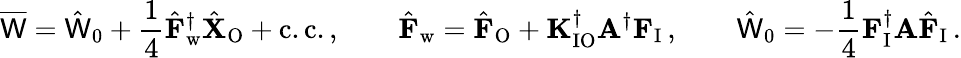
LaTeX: \overline{{\mathsf{W}}}=\hat{\mathsf{W}}_{0}+\frac{1}{4}\hat{\mathbf{F}}_{\mathrm{w}}^{\dagger}\hat{\mathbf{X}}_{\mathrm{O}}+\mathrm{c.c.}\, ,\qquad\hat{\mathbf{F}}_{\mathrm{w}}=\hat{\mathbf{F}}_{\mathrm{O}}+\mathbf{K}_{\mathrm{IO}}^{\dagger}\mathbf{A}^{\dagger}\mathbf{F}_{\mathrm{I}}\, ,\qquad\hat{\mathsf{W}}_{0}=-\frac{1}{4}\mathbf{F}_{\mathrm{I}}^{\dagger}\mathbf{A}\hat{\mathbf{F}}_{\mathrm{I}}\, .